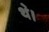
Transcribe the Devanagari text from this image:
थ॓।